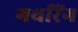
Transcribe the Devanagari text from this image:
गथरिंग